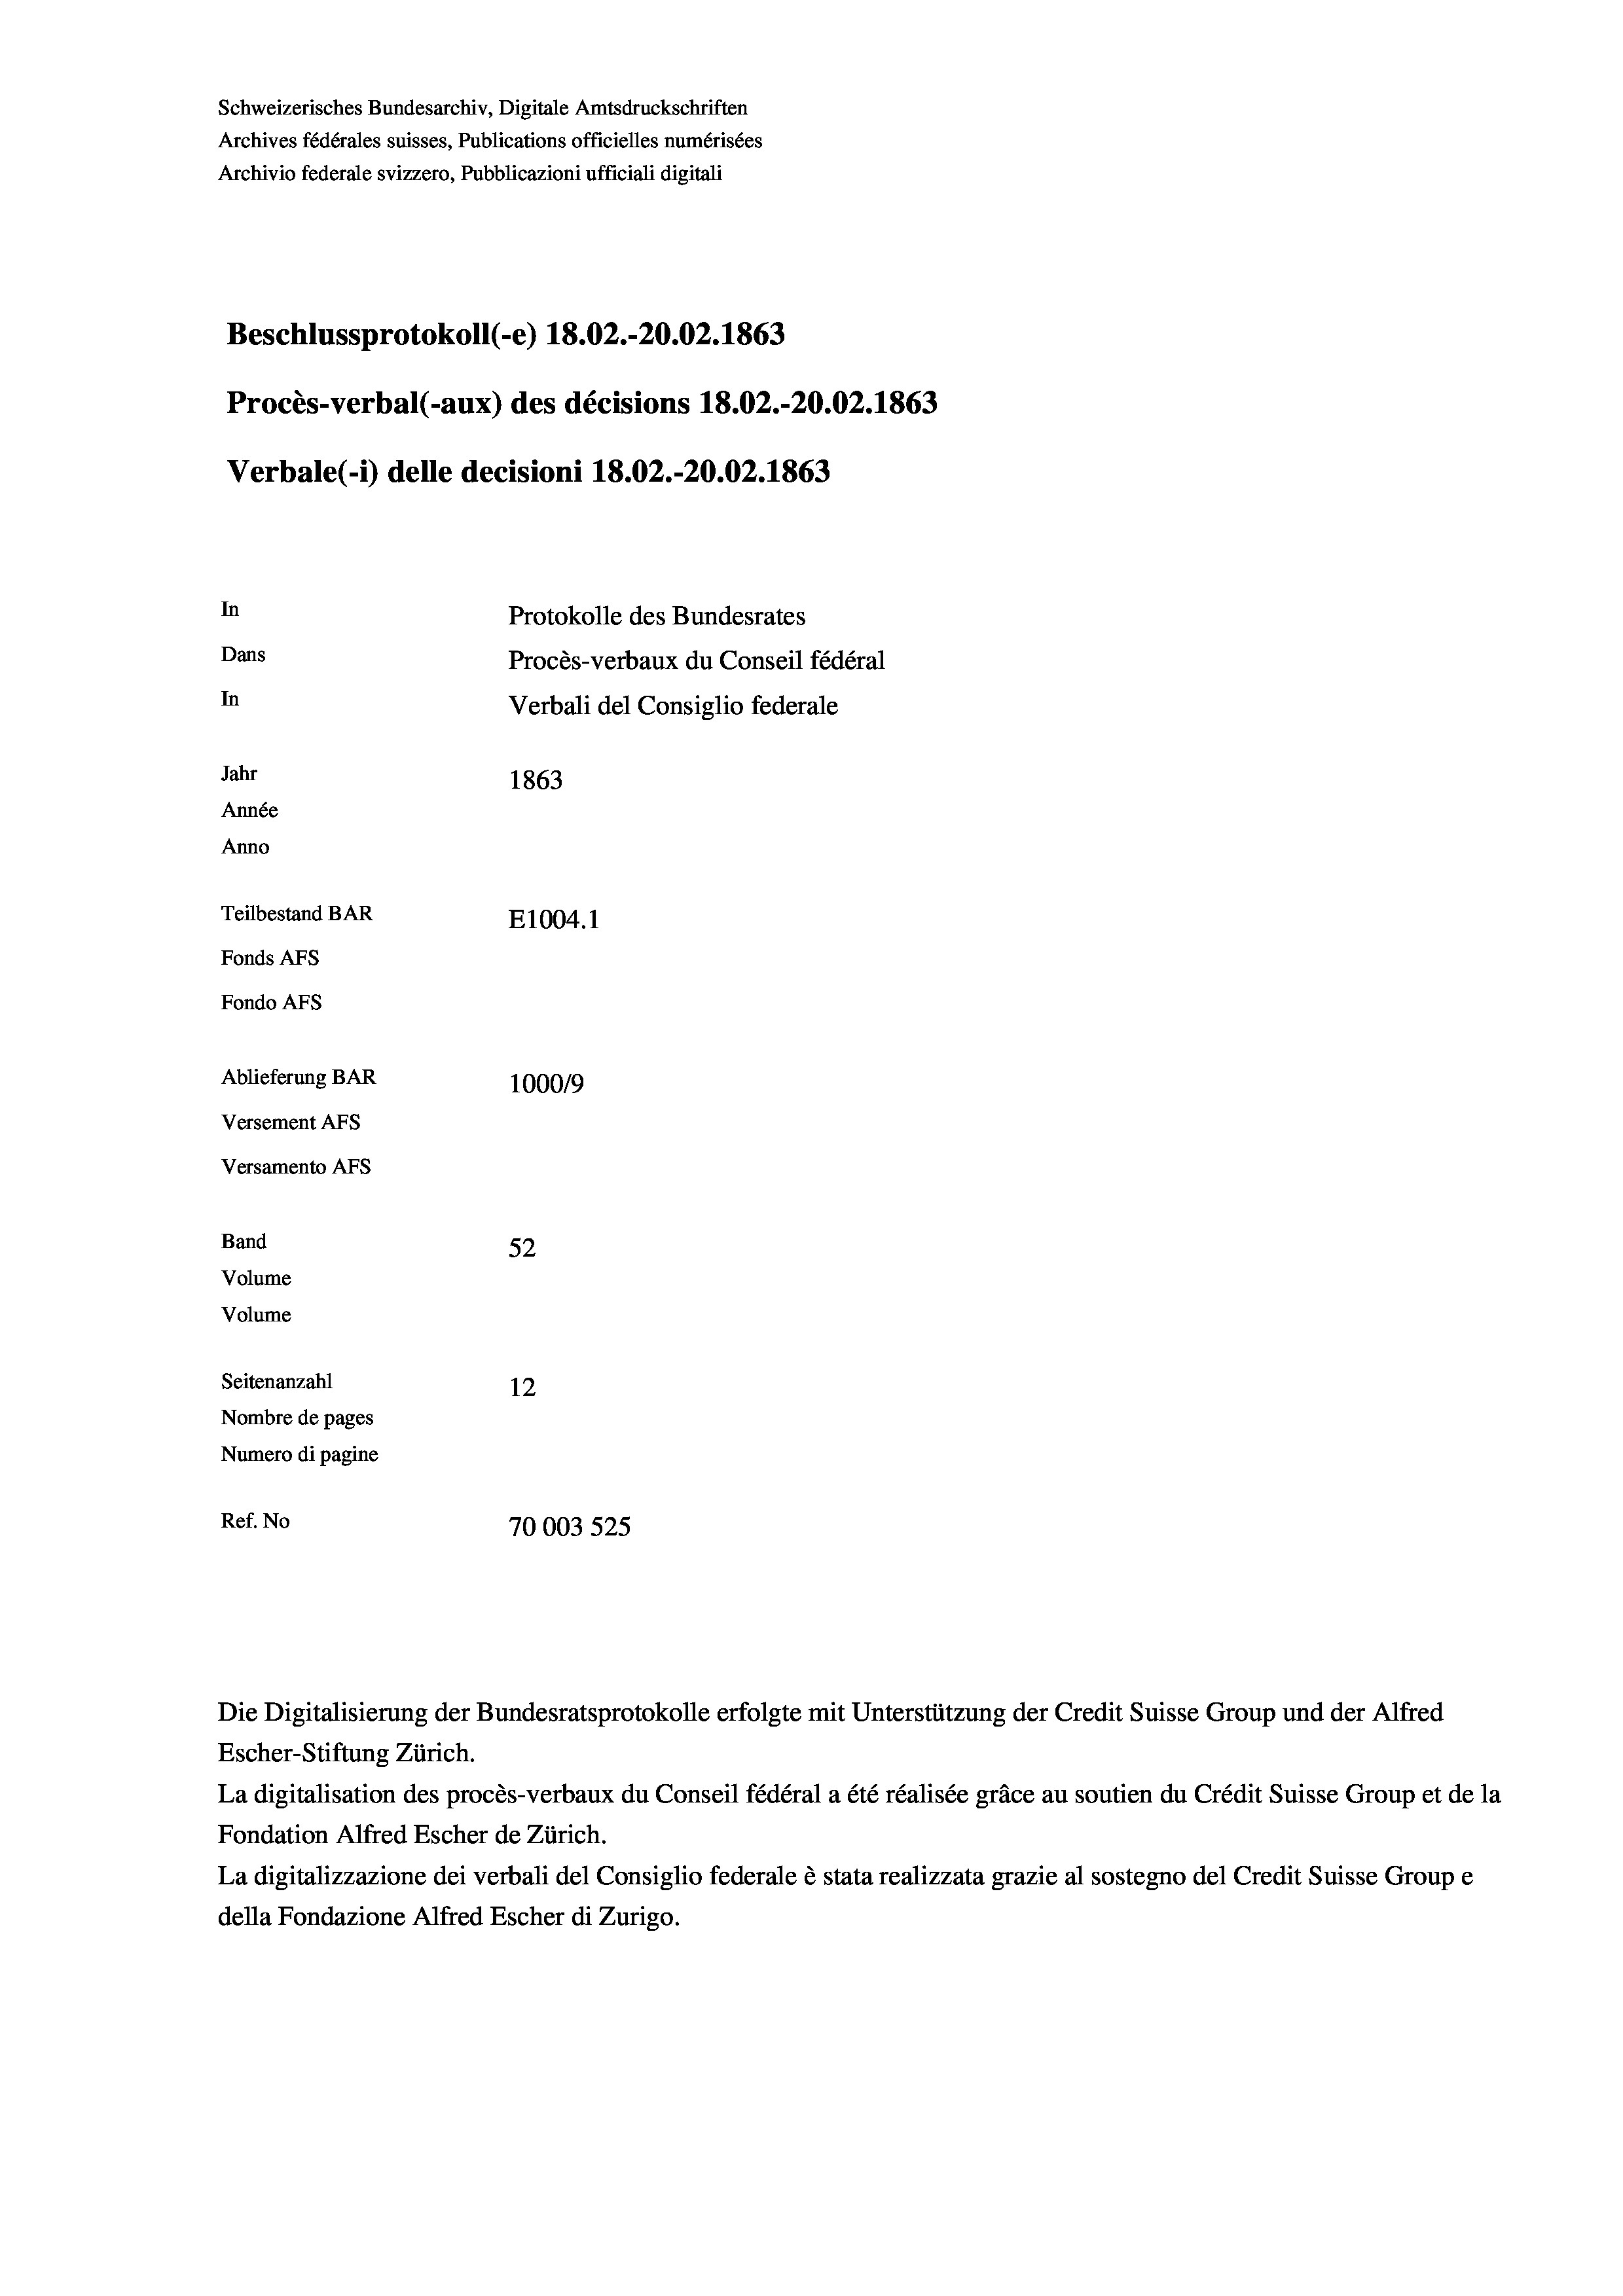
Schweizerisches Bundesarchiv, Digitale Amtsdruckschriften
Archives fédérales suisses, Publications officielles numérisées
Archivio federale svizzero, Pubblicazioni ufficiali digitali
Beschlussprotokoll (-e) 18.02.-20.02. 1863
Procès-verbal (-aux) des décisions 18.02.-20.02. 1863
Verbale(-*) delle decisioni 18.02.-20.02. 1863
In
Protokolle des Bundesrates
Dans
Procès-verbaux du Conseil fédéral
In
Verbali del Consiglio federale
Jahr
1863
Année
Anno
Teilbestand BAR
E1004.1
Fonds AFs
Fondo Afs
Ablieferung BAR
1000/9
Versement AFs
Versamento AFs
Band
52
Volume
Volume
Seitenanzahl
12
Nombre de pages
Numero di pagine
Ref. No
70003 525.

Escher-Stiftung Zürich.
La digitalisation des procès-verbaux du Conseil fédéral a été réalisée gräce au soutien du Crédit Suisse Group et de la
Fondation Alfred Escher de Zürich.
La digitalizzazione dei verbali del Consiglio federale è stata realizzata grazie al sostegno del Credit Suisse Groupe
della Fondazione Alfred Escher di Zurigo.

Die Digitalisierung der Bundesratsprotokolle erfolgte mit Unterstützung der Credit Suisse Group und der Alfred